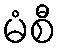
မံစီ